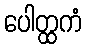
ပေါတ္ထကံ